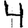
Digit: 4